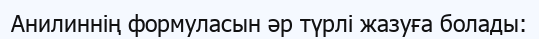
Анилиннің формуласын әр түрлі жазуға болады: